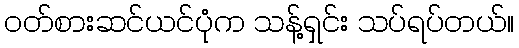
ဝတ်စားဆင်ယင်ပုံက သန့်ရှင်း သပ်ရပ်တယ်။